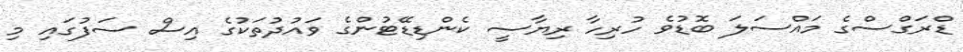
ޑްރަގްސްގެ މައްސަލަ ބޮޑުވެ ހުރިހާ ރިޔާސީ ކެންޑިޑޭޓުންގެ ވައުދުތަކުގެ އިސް ސަފުގައި މި